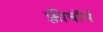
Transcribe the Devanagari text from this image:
फ़्रीबॉर्न